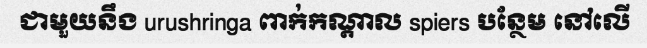
ជាមួយនឹង urushringa ពាក់កណ្តាល spiers បន្ថែម នៅលើ